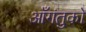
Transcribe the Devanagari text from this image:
आँगंतुको